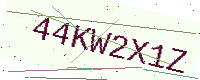
Text: 44KW2X1Z